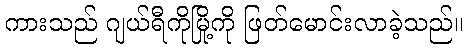
ကားသည် ဂျယ်ရီကိုမြို့ကို ဖြတ်မောင်းလာခဲ့သည်။